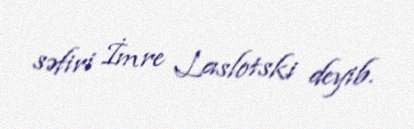
səfiri İmre Laslotski deyib.